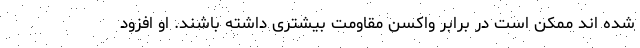
شده اند ممکن است در برابر واكسن مقاومت بیشتری داشته باشند. او افزود